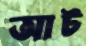
আট